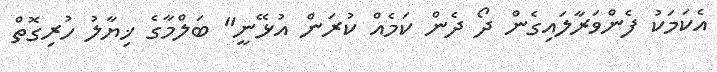
އެކަމަކު ފެންވަރާލައިގެން ދޯ ދެން ކަމެއް ކުރަން އުޅޭނީ" ބަލްމާގެ ޚިޔާލު ހުރިގޮތް